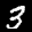
Label: 3